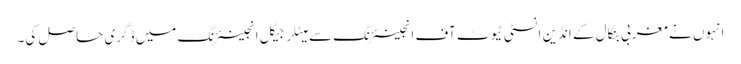
انہوں نے مغربی بنگال کے انڈین انسٹی ٹیوٹ آف انجینئرنگ سے میٹلرجیکل انجینئرنگ میں ڈگری حاصل کی۔